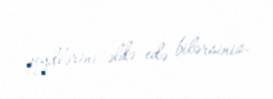
qeydlərini əldə edə bilərsiniz.